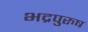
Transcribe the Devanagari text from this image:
भद्रपुरुष